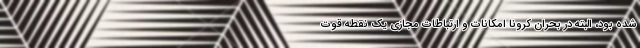
شده بود، البته در بحران کرونا امکانات و ارتباطات مجازی یک نقطه قوت